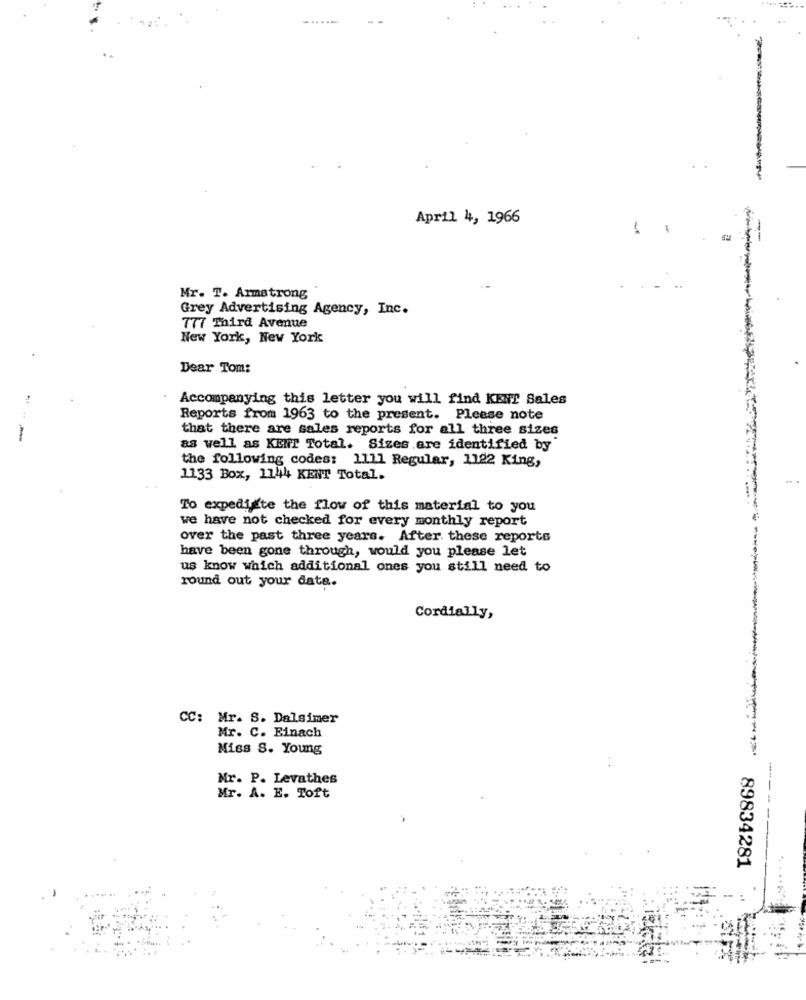
...
April 4, 1966
Mr. T. Armstrong
Grey Advertising Agency, Inc.
777 Third Avenue
New York, New York
Dear Tom:
Accompanying this letter you will find KENT Sales
Reports from 1963 to the present. Please note
that there are sales reports for all three sizes
as well as KENT Total. Sizes are identified by
the following codes: 1111 Regular, 1122 King,
1133 Box, 1144 KENT Total.
To expedigte the flow of this material to you
we have not checked for every monthly report
over the past three years. After these reports
have been gone through, would you please let
us know which additional ones you still need to
round out your data.
Cordially,
CC: Mr. S. Dalsimer
Mr. C. Einach
Miss S. Young
Mr. P. Levathes
Mr. A. E. Toft
-----
89834281
........